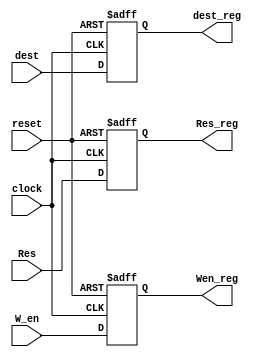

`timescale 1ns / 1ps

module Ex_MW (clock, reset, Res, dest, W_en, Res_reg, Wen_reg, dest_reg);
	
	parameter N = 8;
	
	input clock, reset;
	input [N-1:0] Res;
	input W_en;
	input [9:0] dest;
	
	output reg [N-1:0] Res_reg;
	output reg Wen_reg;
	output reg [9:0] dest_reg;
	
	always @ (posedge clock or negedge reset)
	begin
		if (!reset)
		begin
			Res_reg <= 0;
			Wen_reg <= 0;
			dest_reg <= 0;
		end
		
		else
		begin
			Res_reg <= Res;
			Wen_reg <= W_en;
			dest_reg <= dest;
		end
	end
	
endmodule